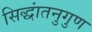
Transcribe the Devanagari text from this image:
सिद्धांतनुगुण